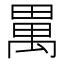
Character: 𤲳